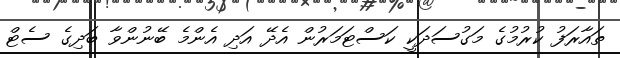
ތައާރަފު ކުރުމުގެ މަގުސަދަކީ ކަސްޓަމަރުން އެދޭ އަދި އެންމެ ބޭނުންވާ ބަދިގެ ސެޓް